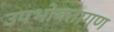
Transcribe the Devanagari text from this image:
उपभोक्‍तागण